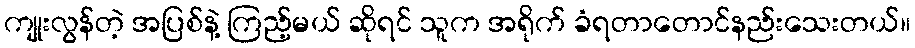
ကျုးလွန်တဲ့ အပြစ်နဲ့ ကြည့်မယ် ဆိုရင် သူက အရိုက် ခံရတာတောင်နည်းသေးတယ်။